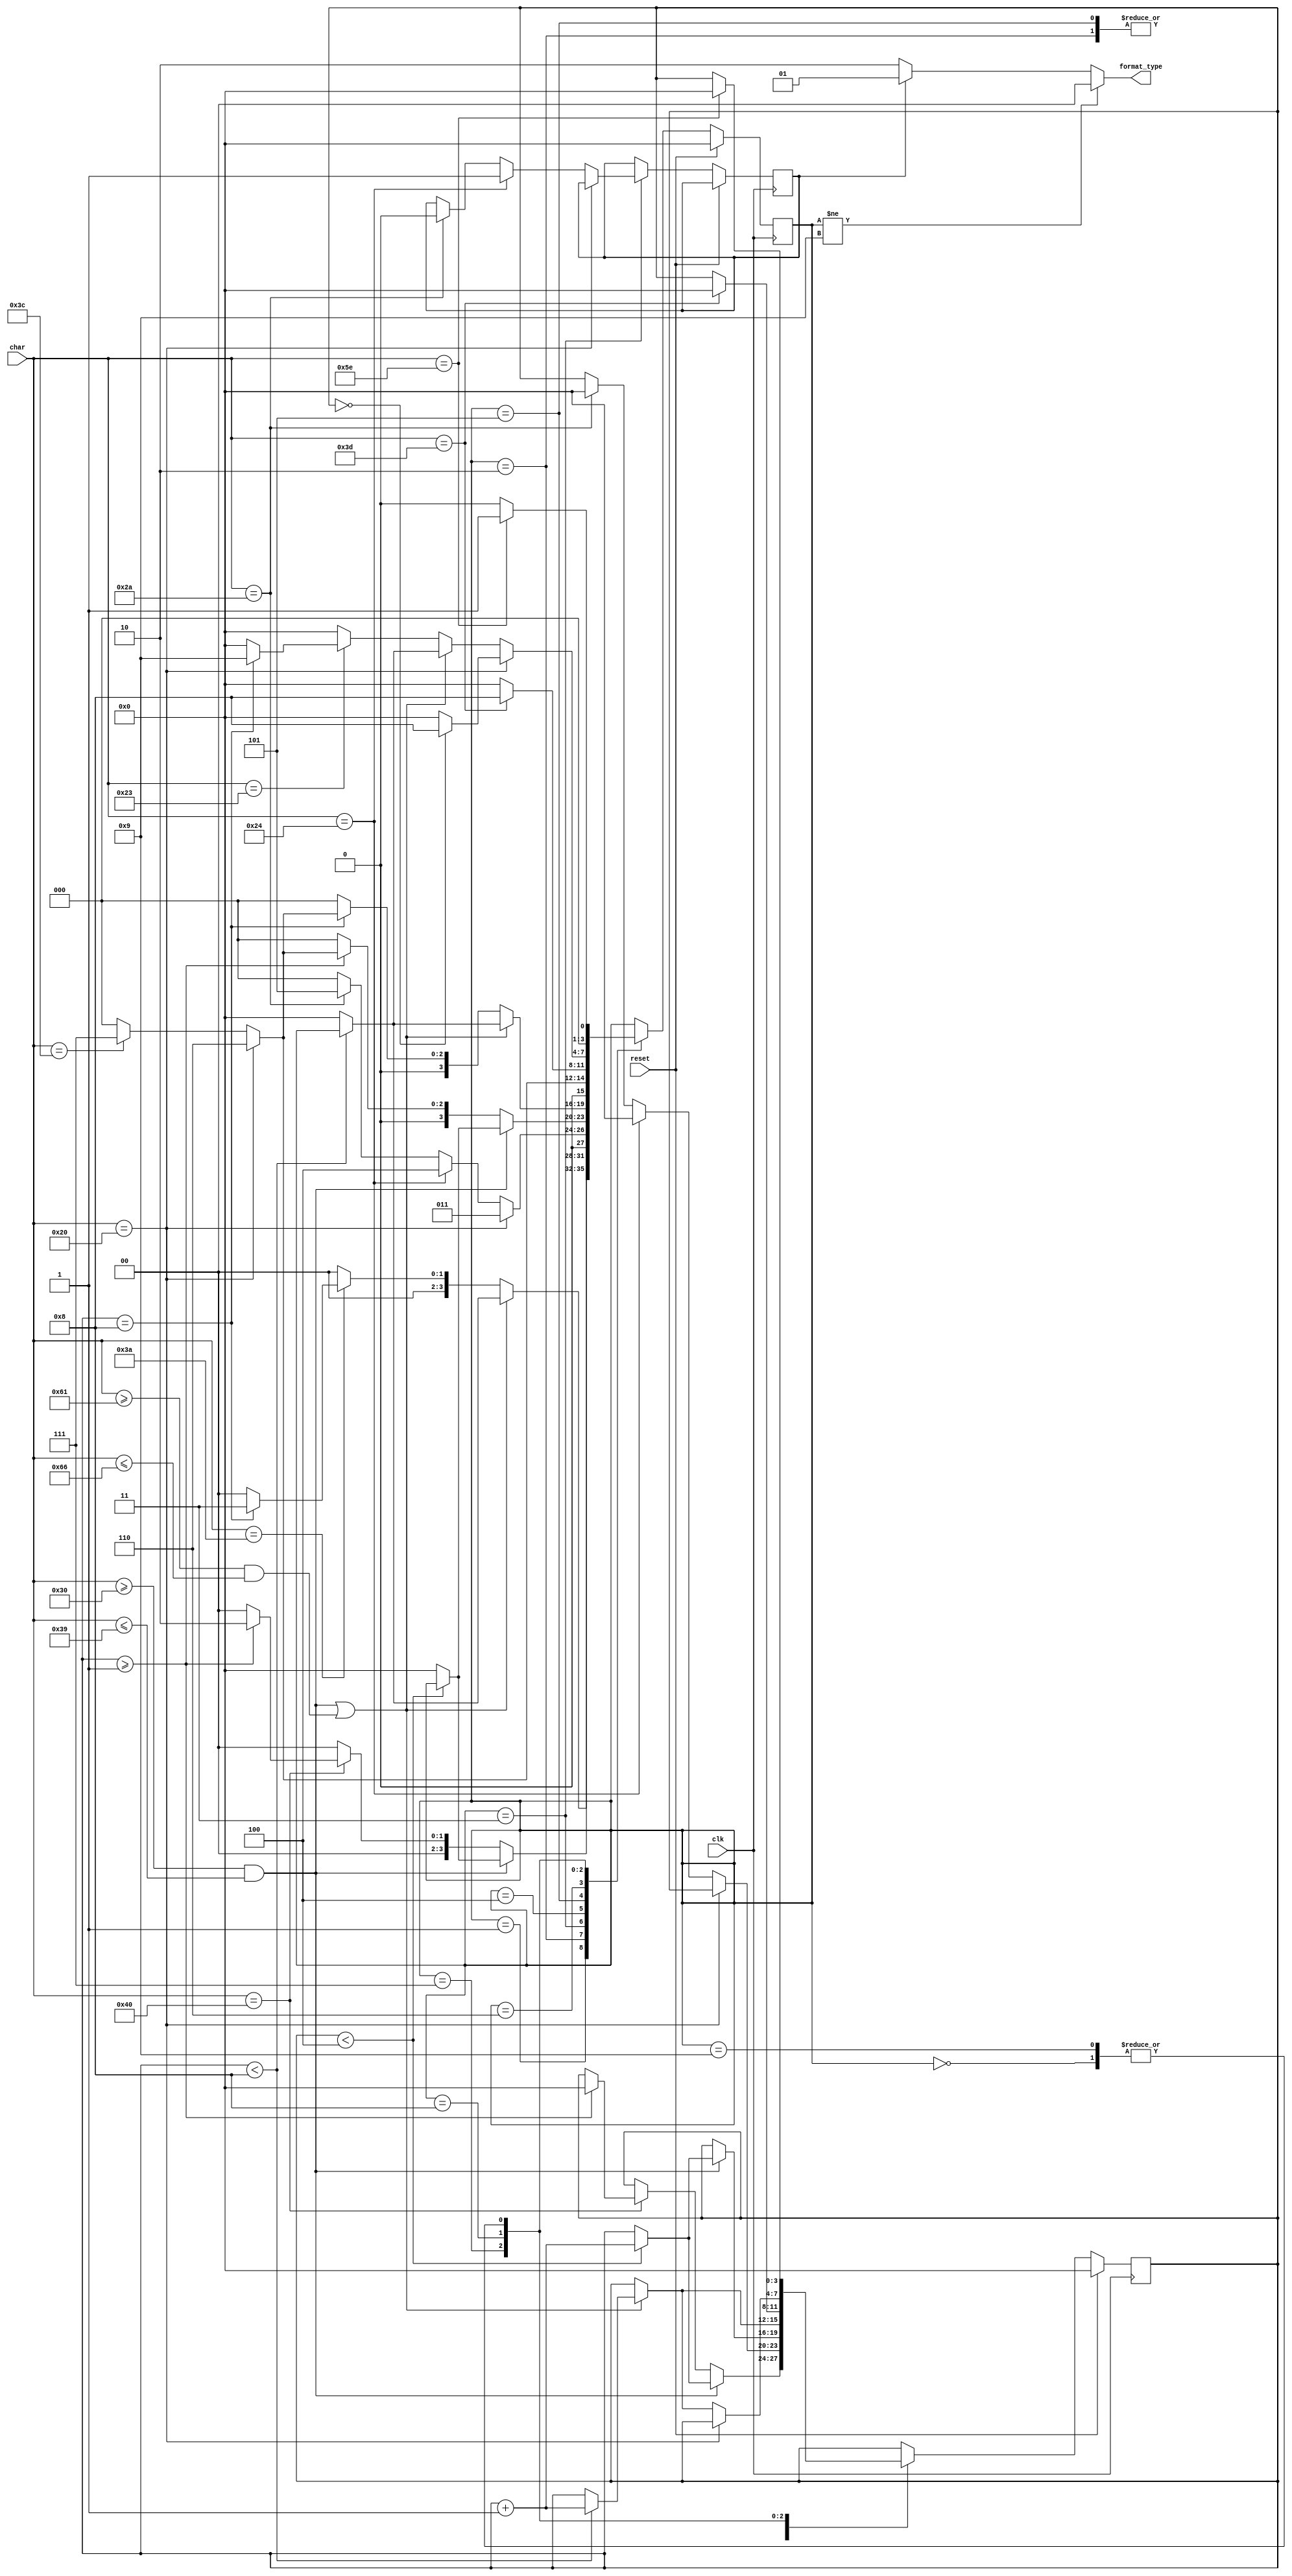
`define S_INVALID 0
`define S_TIME 1
`define S_PC 2
`define S_PRE_ADDR 3
`define S_REG_ADDR 4
`define S_MEM_ADDR 5
`define S_OP0 6
`define S_OP1 7
`define S_DATA 8
`define S_DONE 9

`define DEC_MINLEN 1
`define DEC_MAXLEN 4
`define HEX_LEN 8

`define START_CHAR "^"
`define END_CHAR "#"
`define TIME_END_CHAR "@"
`define PC_END_CHAR ":"
`define REG_START_CHAR "$"
`define MEM_START_CHAR "*"
`define OP0_CHAR "<"
`define OP1_CHAR "="
`define SPACE_CHAR " "

module cpu_checker(
	input clk,
	input reset,
	input [7:0] char,
	output [1:0] format_type
);
	function is_dec(input [7:0] char);
		is_dec = char >= "0" && char <= "9";
	endfunction

	function is_hex(input [7:0] char);
		is_hex = is_dec(char) || char >= "a" && char <= "f";
	endfunction

	reg [3:0] state = `S_INVALID;
	reg [3:0] num_len = 0;
	reg is_reg;

	assign format_type = state != `S_DONE ? 2'b00 : is_reg ? 2'b01 : 2'b10;

	always @(posedge clk) begin
		if (reset) begin
			state <= `S_INVALID;
			num_len <= 0;
		end else begin
			case (state)
			`S_INVALID: begin
				if (char == `START_CHAR) begin
					num_len <= 0;
					state <= `S_TIME;
				end else state <= `S_INVALID;
			end
			`S_TIME: begin
				if (is_dec(char)) begin
					if (num_len < `DEC_MAXLEN) num_len <= num_len + 1;
					else state <= `S_INVALID;
				end else if (char == `TIME_END_CHAR) begin
					if (num_len >= `DEC_MINLEN) begin
						num_len <= 0;
						state <= `S_PC;
					end else state <= `S_INVALID;
				end else state <= `S_INVALID;
			end
			`S_PC: begin
				if (is_hex(char)) begin
					if (num_len < `HEX_LEN) num_len <= num_len + 1;
					else state <= `S_INVALID;
				end else if (char == `PC_END_CHAR) begin
					if (num_len == `HEX_LEN) state <= `S_PRE_ADDR;
					else state <= `S_INVALID;
				end else state <= `S_INVALID;
			end
			`S_PRE_ADDR: begin
				if (char == `SPACE_CHAR) state <= `S_PRE_ADDR;
				else if (char == `REG_START_CHAR) begin
					num_len <= 0;
					is_reg <= 1;
					state <= `S_REG_ADDR;
				end else if (char == `MEM_START_CHAR) begin
					num_len <= 0;
					is_reg <= 0;
					state <= `S_MEM_ADDR;
				end else state <= `S_INVALID;
			end
			`S_REG_ADDR: begin
				if (is_dec(char)) begin
					if (num_len < `DEC_MAXLEN) num_len <= num_len + 1;
					else state <= `S_INVALID;
				end else begin
					if (num_len >= `DEC_MINLEN) begin
						if (char == `SPACE_CHAR) state <= `S_OP0;
						else if (char == `OP0_CHAR) state <= `S_OP1;
						else state <= `S_INVALID;
					end else state <= `S_INVALID;
				end
			end
			`S_MEM_ADDR: begin
				if (is_hex(char)) begin
					if (num_len < `HEX_LEN) num_len <= num_len + 1;
					else state <= `S_INVALID;
				end else begin
					if (num_len == `HEX_LEN) begin
						if (char == `SPACE_CHAR) state <= `S_OP0;
						else if (char == `OP0_CHAR) state <= `S_OP1;
						else state <= `S_INVALID;
					end else state <= `S_INVALID;
				end
			end
			`S_OP0: begin
				if (char == `SPACE_CHAR) state <= `S_OP0;
				else if (char == `OP0_CHAR) state <= `S_OP1;
				else state <= `S_INVALID;
			end
			`S_OP1: begin
				if (char == `OP1_CHAR) begin
					num_len <= 0;
					state <= `S_DATA;
				end else state <= `S_INVALID;
			end
			`S_DATA: begin
				if (char == `SPACE_CHAR) begin
					if (num_len == 0) state <= `S_DATA;
					else state <= `S_INVALID;
				end else if (is_hex(char)) begin
					if (num_len < `HEX_LEN) num_len <= num_len + 1;
					else state <= `S_INVALID;
				end else if (char == `END_CHAR) begin
					if (num_len == `HEX_LEN) state <= `S_DONE;
					else state <= `S_INVALID;
				end else state <= `S_INVALID;
			end
			`S_DONE: begin
				if (char == `START_CHAR) begin
					num_len <= 0;
					state <= `S_TIME;
				end else state <= `S_INVALID;
			end
			endcase
		end
	end
endmodule